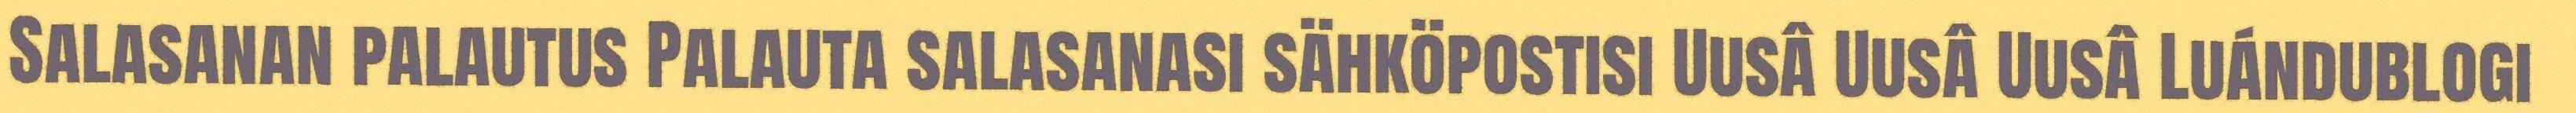
Salasanan palautus Palauta salasanasi sähköpostisi Uusâ Uusâ Uusâ Luándublogi